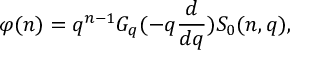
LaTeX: \varphi ( n ) = q ^ { n - 1 } G _ { q } ( - q \frac { d } { d q } ) S _ { 0 } ( n , q ) ,